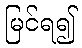
မြင်ရ၍